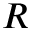
R